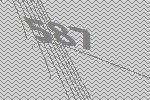
587